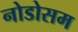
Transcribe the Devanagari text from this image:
नोडोसम